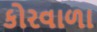
કોરવાળા